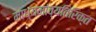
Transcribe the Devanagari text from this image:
माध्यमांव्यतिरिक्त